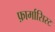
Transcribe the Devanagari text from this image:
फ़ार्मासिस्ट